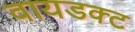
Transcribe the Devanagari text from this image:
वायडक्ट